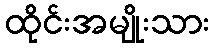
ထိုင်းအမျိုးသား